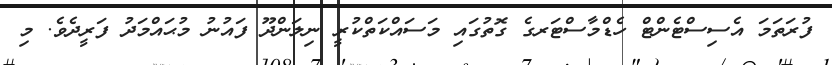
ފުރަތަމަ އެސިސްޓެންޓް ހެޑްމާސްޓަރގެ ގޮތުގައި މަސައްކަތްކުރީ ނިލަންދޫ ފައުނު މުޙައްމަދު ފަރީދެވެ. މި